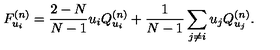
F _ { u _ { i } } ^ { ( n ) } = \frac { 2 - N } { N - 1 } u _ { i } Q _ { u _ { i } } ^ { ( n ) } + \frac { 1 } { N - 1 } \sum _ { j \neq i } u _ { j } Q _ { u _ { j } } ^ { ( n ) } .